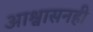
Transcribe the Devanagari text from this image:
आश्वासनही